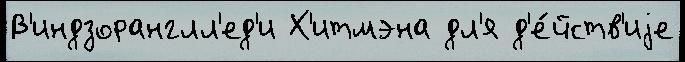
В'индзоранглл'ед'и Х'итмэна дл'я д'е́йств'иjе